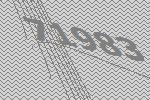
71983